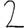
Digit: 2